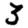
Digit: 3